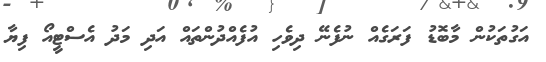
އަގުތަކުން މާބޮޑު ފަރަގެއް ނުފެނޭ ދިވެހި އުފެއްދުންތައް އަދި މަދު އެސްޓީއޯ ފިޔާ